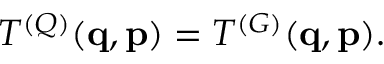
T ^ { ( Q ) } ( { \mathbf q } , { \mathbf p } ) = T ^ { ( G ) } ( { \mathbf q } , { \mathbf p } ) .